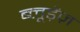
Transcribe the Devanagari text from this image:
ब्लूड़ेंज़